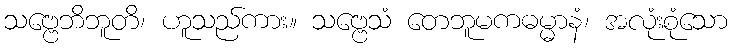
သဗ္ဗေဘိဘူတိ၊ ဟူသည်ကား။ သဗ္ဗေသံ တေဘူမကဓမ္မာနံ၊ အလုံးစုံသော